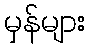
မှန်များ